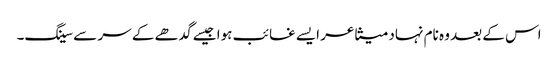
اس کے بعد وہ نام نہاد متشاعر ایسے غائب ہوا جیسے گدھے کے سر سے سینگ۔